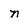
Character: n